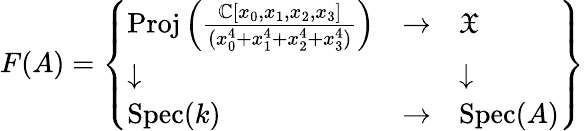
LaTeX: F(A)=\left\{ {\begin{array}{lll}{\operatorname{Proj}\left({\frac{\mathbb{C}[x_{0},x_{1},x_{2},x_{3}]}{(x_{0}^{4}+x_{1}^{4}+x_{2}^{4}+x_{3}^{4})}}\right)}&{\to}&{{\mathfrak{X}}}\\ {\downarrow}&&{\downarrow}\\ {\operatorname{Spec}(k)}&{\to}&{\operatorname{Spec}(A)}\end{array}}\right\}